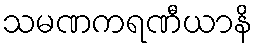
သမဏကရဏီယာနိ